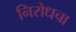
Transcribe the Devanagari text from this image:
निरोधचा